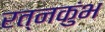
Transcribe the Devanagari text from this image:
रत्नकुंभ